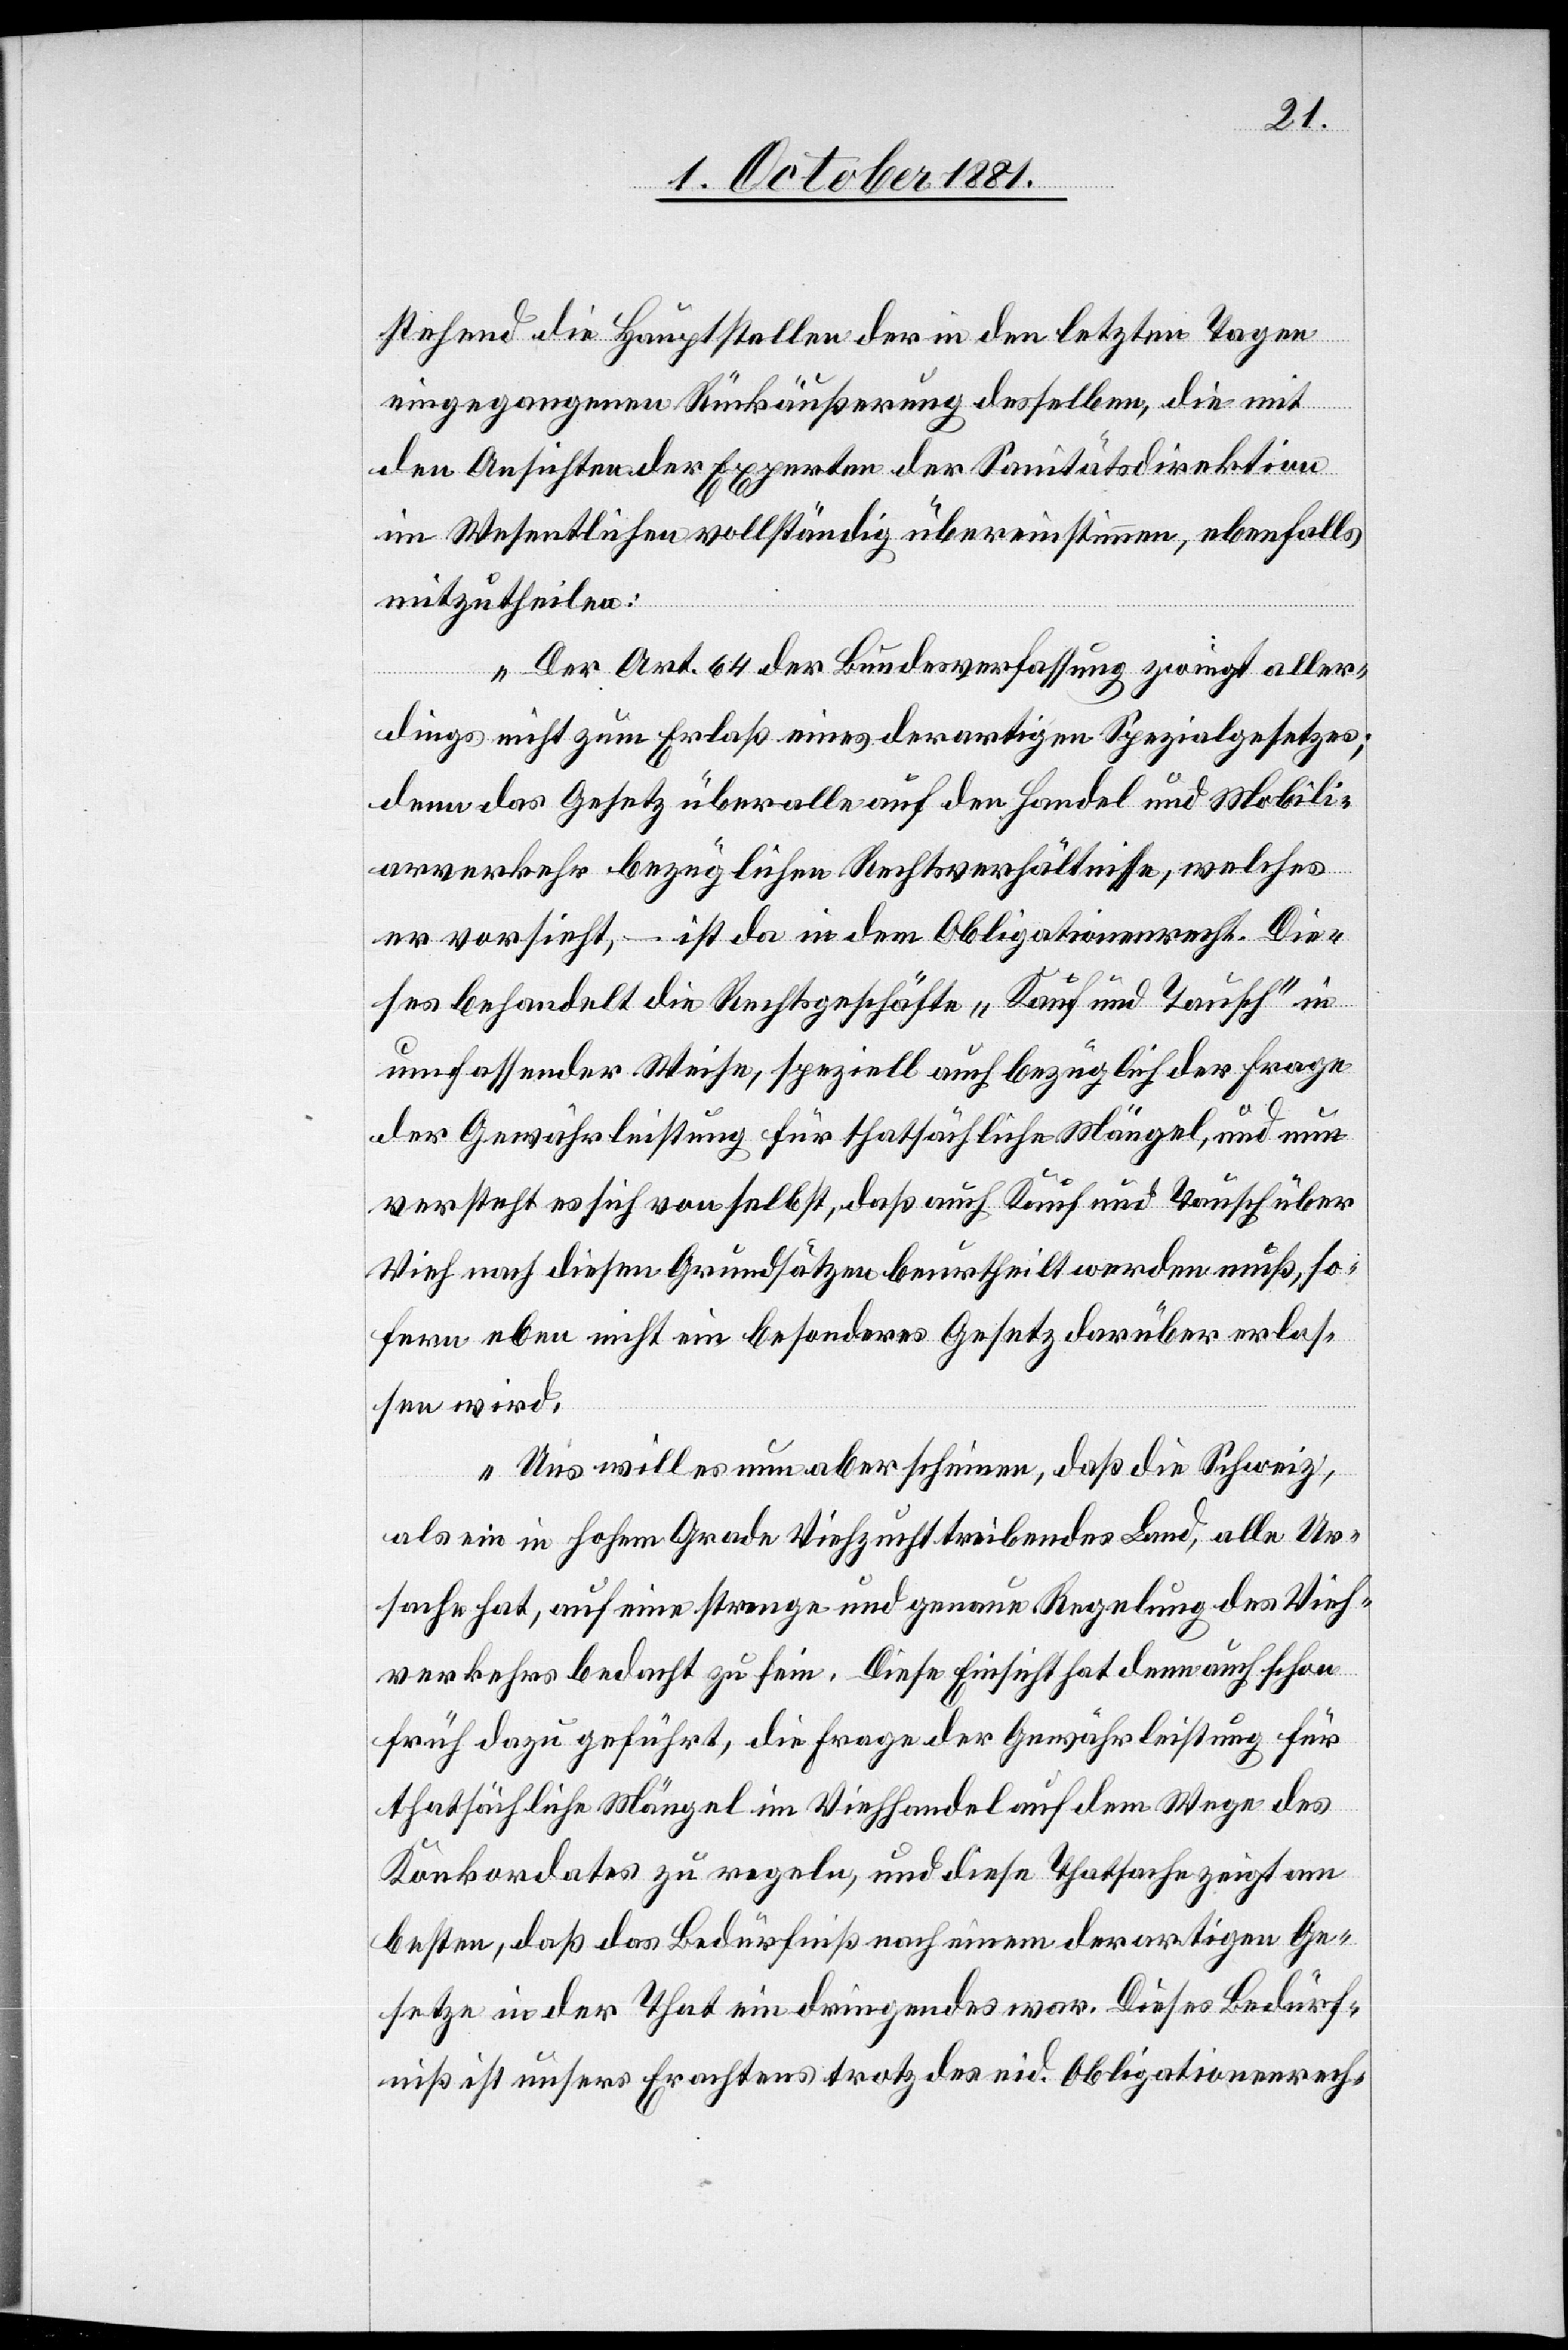
stehend die Hauptstellen der in den letzten Tagen
eingegangenen Rückäußerung desselben, die mit
den Ansichten der Experten der Sanitätsdirektion
im Wesentlichen vollständig übereinstimmen, ebenfalls
mitzutheilen:
Der Art. 64 der Bundesverfassung zwingt aller¬
dings nicht zum Erlaß eines derartigen Spezialgesetzes;
denn das Gesetz über alle auf den Handel und Mobili¬
arverkehr bezüglichen Rechtsverhältnisse, welches
er versieht, – ist da in dem Obligationenrecht. Die¬
ses behandelt die Rechtsgeschäfte „Kauf und Tausch“ in
umfassender Weise, speziell auch bezüglich der Frage
der Gewährleistung für thatsächliche Mängel, und nun
versteht es sich von selbst, daß auch Kauf und Tausch über
Vieh nach diesen Grundsätzen beurtheilt werden muß, so¬
fern eben nicht ein besonderes Gesetz darüber erlas¬
sen wird.
Uns will es nun aber scheinen, daß die Schweiz,
als ein in hohem Grade Viehzucht treibendes Land, alle Ur¬
sache hat, auf eine strenge und genaue Regelung des Vieh¬
verkehrs bedacht zu sein. Diese Einsicht hat denn auch schon
früh dazu geführt, die Frage der Gewährleistung für
thatsächliche Mängel im Viehhandel auf dem Wege des
Konkordates zu regeln, und diese Thatsache zeigt am
besten, daß das Bedürfniß nach einem derartigen Ge¬
setze in der That ein dringendes war. Dieses Bedürf¬
niß ist unsers Erachtens trotz des eid. Obligationenrech-